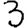
Digit: 3